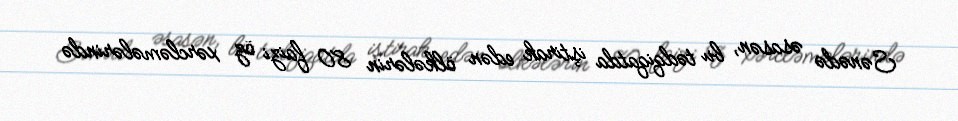
Sənədə əsasən, bu tədqiqatda iştirak edən ölkələrin 80 faizi öz xərcləmələrində